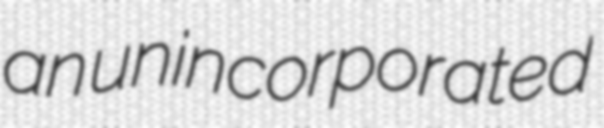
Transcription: an unincorporated